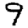
Digit: 9